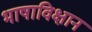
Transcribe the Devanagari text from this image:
भाषाविक्षान